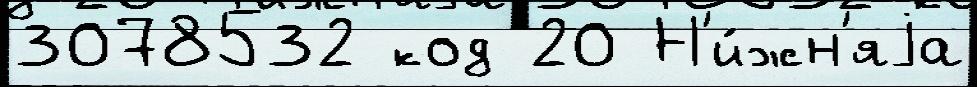
3078532 код 20 Н'и́жн'яjа